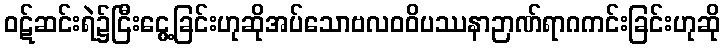
ဝဋ်ဆင်းရဲ၌ငြီးငွေ့ခြင်းဟုဆိုအပ်သောဗလဝဝိပဿနာဉာဏ်ရာဂကင်းခြင်းဟုဆို